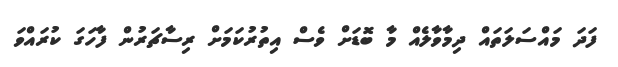
ފަދަ މައްސަލަތައް ދިމާވާލެއް މާ ބޮޑަށް ވެސް އިތުރުކަމަށް ރިސާޗަރުން ފާހަގަ ކުރައްވަ